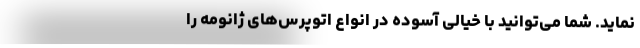
‌نماید. شما می‌توانید با خیالی آسوده در انواع اتوپرس‌های ژانومه را